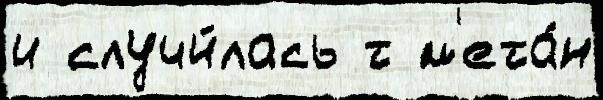
и случи́лась т м'ета́н